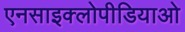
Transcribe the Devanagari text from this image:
एनसाइक्लोपीडियाओ